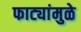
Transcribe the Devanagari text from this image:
फाट्यांमुळे